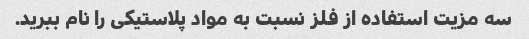
سه مزیت استفاده از فلز نسبت به مواد پلاستیکی را نام ببرید.